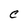
Character: C